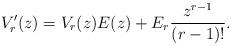
LaTeX: \begin{align*} V_r'(z)=V_r(z)E(z) + E_r\frac{z^{r-1}}{(r-1)!} .\end{align*}